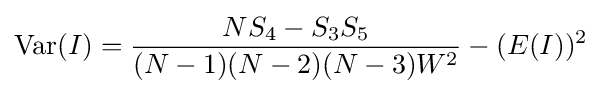
\operatorname {Var} (I)={\frac {NS_{4}-S_{3}S_{5}}{(N-1)(N-2)(N-3)W^{2}}}-(E(I))^{2}